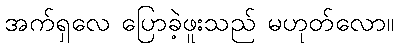
အက်ရှလေ ပြောခဲ့ဖူးသည် မဟုတ်လော။